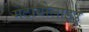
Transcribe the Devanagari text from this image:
मेटाबोलाइड़